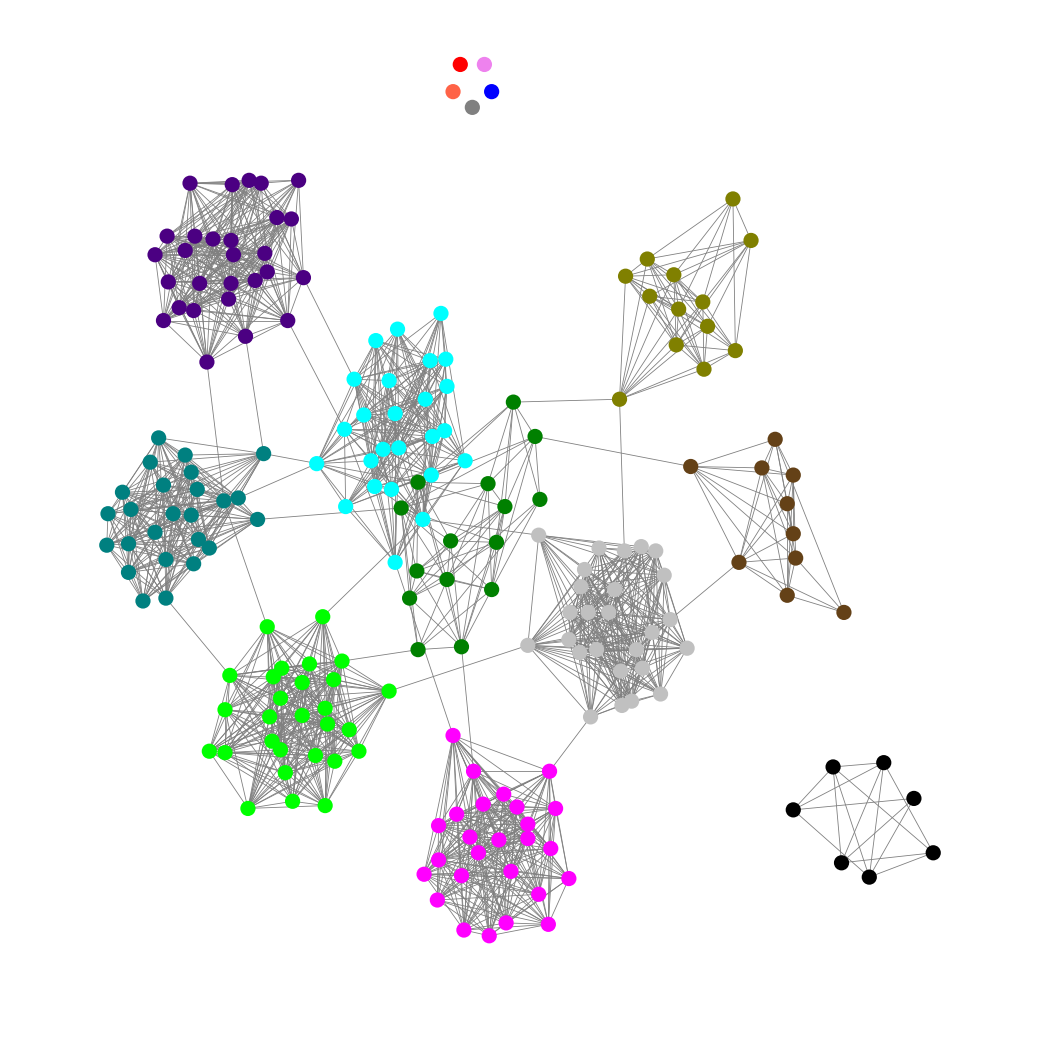
Graph connected: No
Number of connected components: 7
Number of singletons: 5
Total number of nodes: 208
Total number of edges: 1650
Number of communities: 15
Community sizes:
Aqua: 25
Black: 7
Blue: 1
Fuchsia: 26
Gray: 1
Green: 15
Indigo: 28
Lime: 28
Olive: 13
Pullman Brown: 10
Red: 1
Silver: 26
Teal: 25
Tomato: 1
Violet: 1
Graph layout: tda
Graph generation method: erdos_renyi